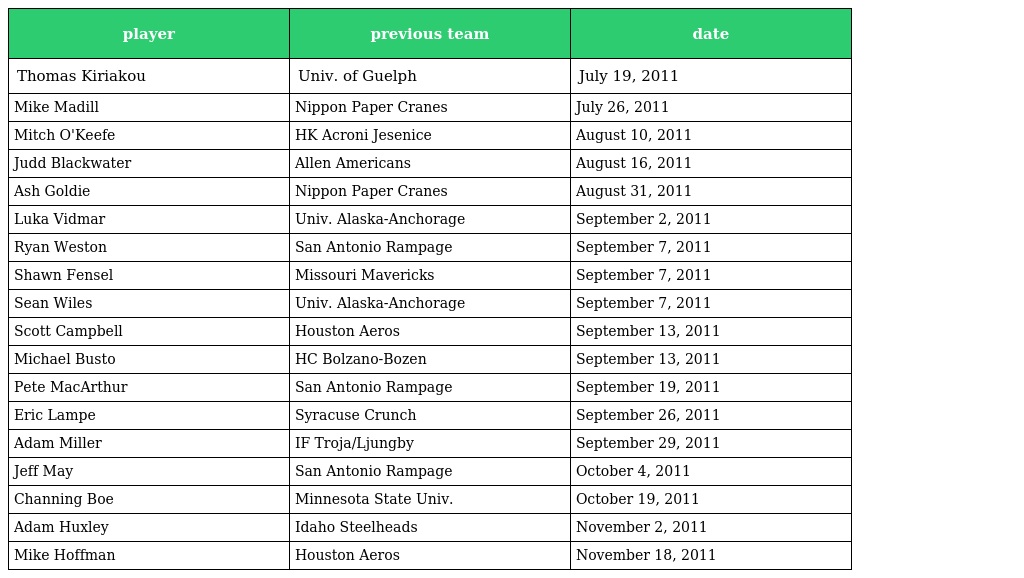
| player | previous team | date |
 | --- | --- | --- |
 | Thomas Kiriakou | Univ. of Guelph | July 19, 2011 |
 | Mike Madill | Nippon Paper Cranes | July 26, 2011 |
 | Mitch O'Keefe | HK Acroni Jesenice | August 10, 2011 |
 | Judd Blackwater | Allen Americans | August 16, 2011 |
 | Ash Goldie | Nippon Paper Cranes | August 31, 2011 |
 | Luka Vidmar | Univ. Alaska-Anchorage | September 2, 2011 |
 | Ryan Weston | San Antonio Rampage | September 7, 2011 |
 | Shawn Fensel | Missouri Mavericks | September 7, 2011 |
 | Sean Wiles | Univ. Alaska-Anchorage | September 7, 2011 |
 | Scott Campbell | Houston Aeros | September 13, 2011 |
 | Michael Busto | HC Bolzano-Bozen | September 13, 2011 |
 | Pete MacArthur | San Antonio Rampage | September 19, 2011 |
 | Eric Lampe | Syracuse Crunch | September 26, 2011 |
 | Adam Miller | IF Troja/Ljungby | September 29, 2011 |
 | Jeff May | San Antonio Rampage | October 4, 2011 |
 | Channing Boe | Minnesota State Univ. | October 19, 2011 |
 | Adam Huxley | Idaho Steelheads | November 2, 2011 |
 | Mike Hoffman | Houston Aeros | November 18, 2011 |